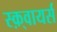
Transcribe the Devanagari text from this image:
स्क़्वायर्स